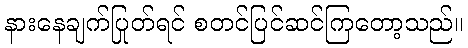
နားနေချက်ပြုတ်ရင် စတင်ပြင်ဆင်ကြတော့သည်။